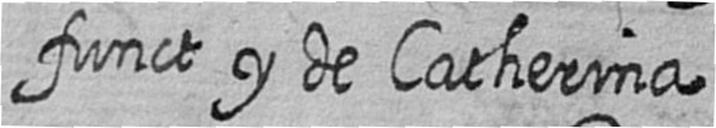
funct y de Catherina